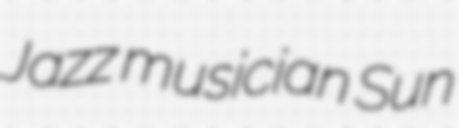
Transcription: Jazz musician Sun